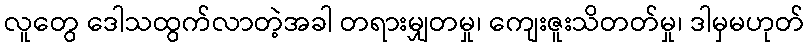
လူတွေ ဒေါသထွက်လာတဲ့အခါ တရားမျှတမှု၊ ကျေးဇူးသိတတ်မှု၊ ဒါမှမဟုတ်